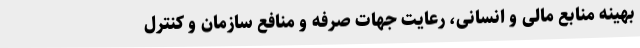
بهینه منابع مالی و انسانی، رعایت جهات صرفه و منافع سازمان و کنترل